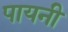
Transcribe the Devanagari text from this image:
पायनी